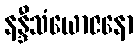
နန္ဒီသံယောဇနော